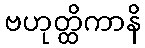
ဗဟုတ္ထိကာနိ